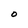
Character: O